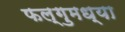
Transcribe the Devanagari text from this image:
फल्गुमध्या